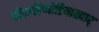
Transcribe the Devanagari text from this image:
तोंडरडिप्पोडियाळ्वार्